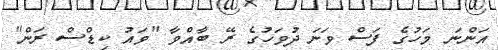
އަންނަ މަހުގެ ފަސް ވަނަ ދުވަހުގެ ރޭ ބާއްވާ "ވައު ކިޑްސް ރަން"